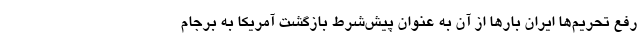
رفع تحریم‌ها ایران بارها از آن به عنوان پیش‌شرط بازگشت آمریکا به برجام